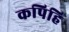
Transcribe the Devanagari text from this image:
कपिहि